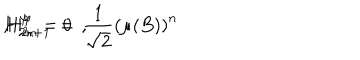
H _ { 2 n + 1 } ^ { \varphi } \, = \, \frac { 1 } { \sqrt 2 } \left( \mu ( B ) \right) ^ { n } \hspace { 3 m m } , \hspace { 3 m m } H _ { 2 n } ^ { \varphi } = 0 \, \, \, ,